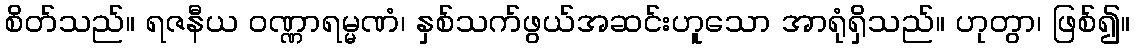
စိတ်သည်။ ရဇနီယ ဝဏ္ဏာရမ္မဏံ၊ နှစ်သက်ဖွယ်အဆင်းဟူသော အာရုံရှိသည်။ ဟုတွာ၊ ဖြစ်၍။